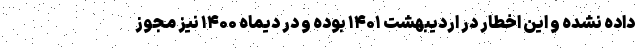
داده نشده و این اخطار در اردیبهشت ۱۴۰۱ بوده و‌ در دیماه ۱۴۰۰ نیز مجوز